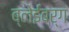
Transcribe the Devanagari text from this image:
ब्लेईबर्ग